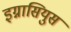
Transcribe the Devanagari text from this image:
इग्नासियुस